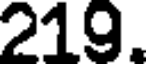
219.